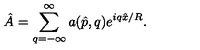
\hat { A } = \sum _ { q = - \infty } ^ { \infty } a ( \hat { p } , q ) e ^ { i q \hat { x } / R } .